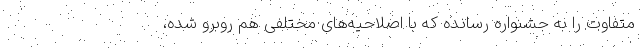
متفاوت را به جشنواره رسانده که با اصلاحیه‌های مختلفی هم روبرو شده،